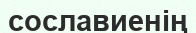
сославиенің